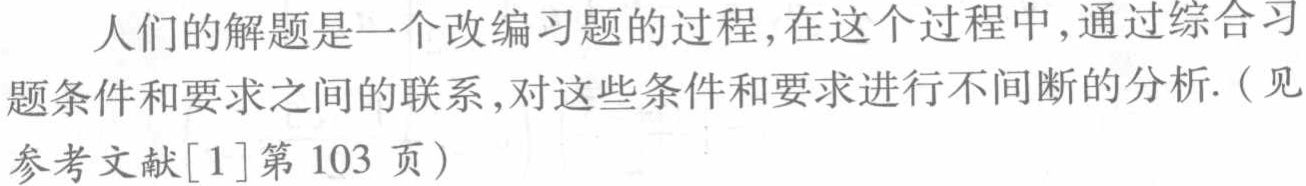
人们的解题是一个改编习题的过程,在这个过程中,通过综合习题条件和要求之间的联系,对这些条件和要求进行不间断的分析.（见参考文献[1]第103页）